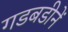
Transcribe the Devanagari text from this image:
गडबडीनें